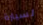
لسيارة